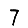
Digit: 7